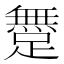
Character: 𨅐